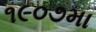
૧૯૦૭મા